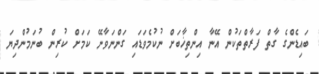
ބައިޑެންގެ ގާތް ފަރާތްތަކުން އޭނާ އިންތިޚާބަށް ނުކުމެވަޑައި ގަންނަވާނޭ ކަމަށް ކުރިން ބުނަމުންދިޔަ